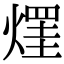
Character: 𤌒